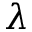
\lambda